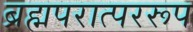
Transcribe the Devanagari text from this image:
ब्रह्मपरात्पररूप